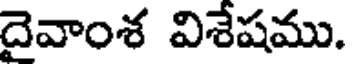
దెవాంశ విశేషము.